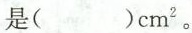
（ ）cm^{2}。